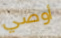
أوصي